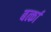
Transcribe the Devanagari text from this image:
बर्त्का